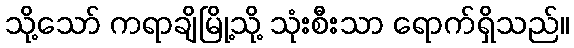
သို့သော် ကရာချိမြို့သို့ သုံးစီးသာ ရောက်ရှိသည်။